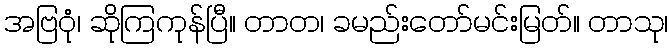
အဗြဝုံ၊ ဆိုကြကုန်ပြီ။ တာတ၊ ခမည်းတော်မင်းမြတ်။ တာသု၊